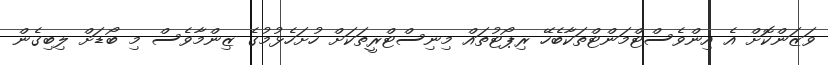
ވަޒަންކޮށް އެ އިންވެސްޓްމަންޓްތަކާބެހޭ ރިޕޯޓުތައް މިނިސްޓްރީތަކަށް ހުށަހެޅުމުގެ ޒިންމާވެސް މި ބޯޑަށް ލިބިގެން